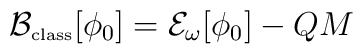
{\cal B_{\mbox{\tiny class}}}[\phi_0] = {\cal E}_\omega[\phi_0] - QM